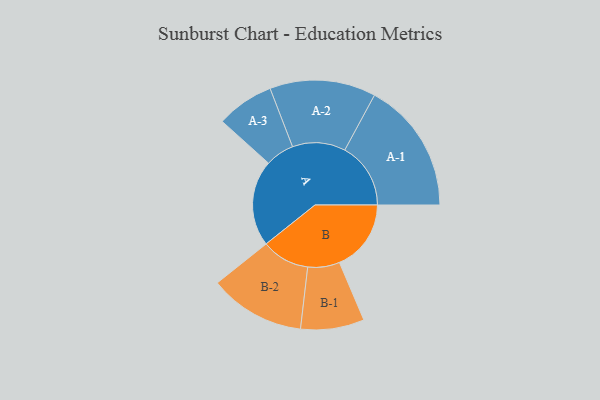
{"axis": {"x": "Segment", "y": "Value"}, "legend": ["", "A", "B"], "data": [{"x": "A", "y": 374, "type": ""}, {"x": "B", "y": 311, "type": ""}, {"x": "A-1", "y": 286, "type": "A"}, {"x": "A-2", "y": 230, "type": "A"}, {"x": "A-3", "y": 125, "type": "A"}, {"x": "B-1", "y": 138, "type": "B"}, {"x": "B-2", "y": 208, "type": "B"}]}